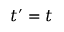
t ^ { \prime } = t